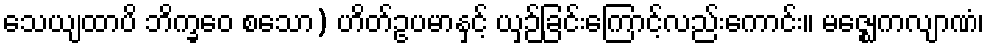
သေယျထာပိ ဘိက္ခဝေ စသော) ဟိတ်ဥပမာနှင့် ယှဉ်ခြင်းကြောင့်လည်းကောင်း။ မဇ္ဈေကလျာဏံ၊